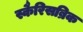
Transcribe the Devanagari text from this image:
स्कैरिसब्रिक